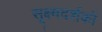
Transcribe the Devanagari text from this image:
सूक्ष्मदर्शकों